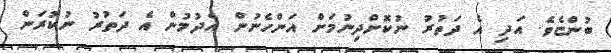
ބުންޏެވެ. އަދި އެ ދަތުރު ނުކޮށްދިނުމަށް އަންހެނުން އެދުމުން އެ ދަތުރު ނުކުރަން